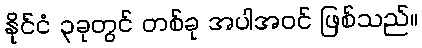
နိုင်ငံ ၃ခုတွင် တစ်ခု အပါအဝင် ဖြစ်သည်။